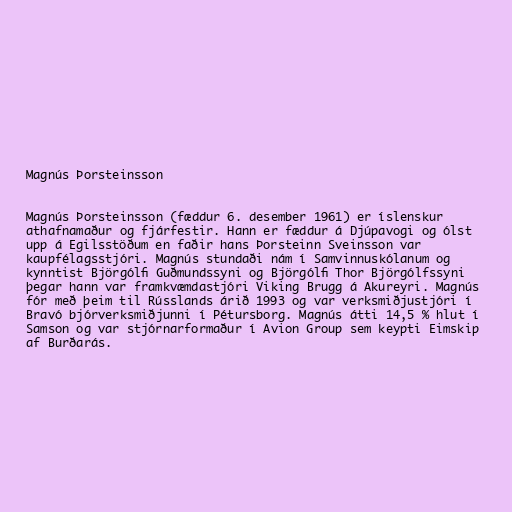
Magnús Þorsteinsson

Magnús Þorsteinsson (fæddur 6. desember 1961) er íslenskur
athafnamaður og fjárfestir. Hann er fæddur á Djúpavogi og ólst
upp á Egilsstöðum en faðir hans Þorsteinn Sveinsson var
kaupfélagsstjóri. Magnús stundaði nám í Samvinnuskólanum og
kynntist Björgólfi Guðmundssyni og Björgólfi Thor Björgólfssyni
þegar hann var framkvæmdastjóri Viking Brugg á Akureyri. Magnús
fór með þeim til Rússlands árið 1993 og var verksmiðjustjóri í
Bravó bjórverksmiðjunni í Pétursborg. Magnús átti 14,5 % hlut í
Samson og var stjórnarformaður í Avion Group sem keypti Eimskip
af Burðarás.